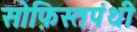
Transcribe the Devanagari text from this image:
सोफ़िस्तपंथी